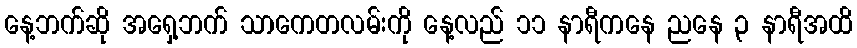
နေ့ဘက်ဆို အရှေ့ဘက် သာကေတလမ်းကို နေ့လည် ၁၁ နာရီကနေ ညနေ ၃ နာရီအထိ